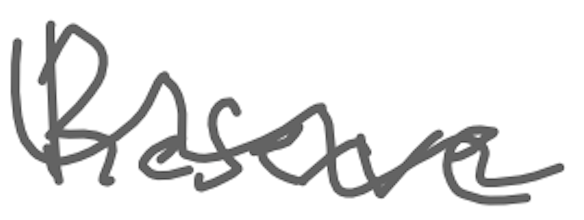
Text: Reserve
Cross-out: wave
Writing tool: digital_gray